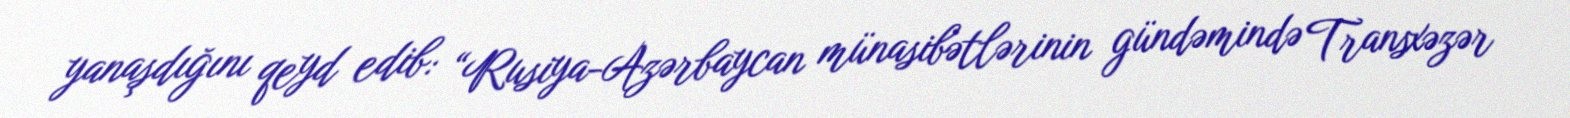
yanaşdığını qeyd edib: “Rusiya-Azərbaycan münasibətlərinin gündəmində Transxəzər